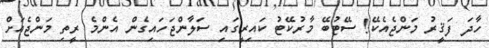
ހާދަ ފަޤީރު މަންޖެއެކޭ! ސޭޓުބޭ މާރުކޭޓު ކައިރީގައި ސަލާންޖަހައިގެން އެންމެ ރީތި މަންޖެއަށް